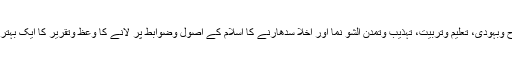
قوم کی اصلاح وبہودی، تعلیم وتربیت، تہذیب وتمدن الشو نما اور اخلاْ سدھارنے کا اسلام کے اصول وضوابط پر لانے کا وعظ وتقریر کا ایک بہترین ذریعہ ہے۔